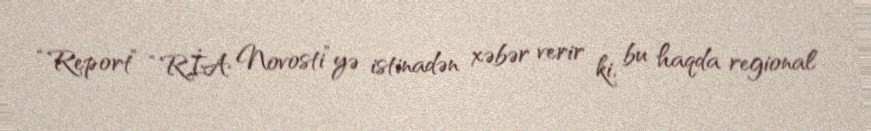
“Report” “RİA Novosti”yə istinadən xəbər verir ki, bu haqda regional